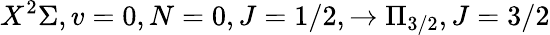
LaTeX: X^{2}\Sigma,v=0,N=0,J=1/2,\rightarrow\Pi_{3/2},J=3/2